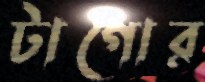
টাগোর